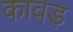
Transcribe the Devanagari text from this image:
कावड़